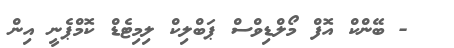
- ބޭންކް އޮފް މޯލްޑިވްސް ޕަބްލިކް ލިމިޓެޑް ކޮމްޕެނީ އިން